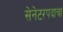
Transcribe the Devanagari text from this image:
सेनेटरपदाचा